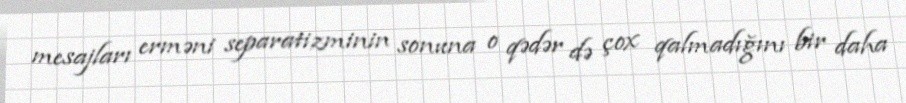
mesajları erməni separatizminin sonuna o qədər də çox qalmadığını bir daha